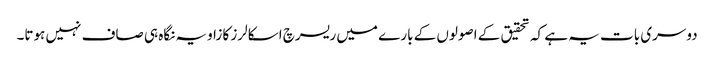
دوسری بات یہ ہے کہ تحقیق کے اصولوں کے بارے میں ریسرچ اسکالرز کا زاویہ نگاہ ہی صاف نہیں ہوتا۔